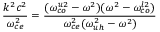
\frac { k ^ { 2 } c ^ { 2 } } { \omega _ { c e } ^ { 2 } } = \frac { ( \omega _ { c o } ^ { u 2 } - \omega ^ { 2 } ) ( \omega ^ { 2 } - \omega _ { c o } ^ { l 2 } ) } { \omega _ { c e } ^ { 2 } ( \omega _ { u h } ^ { 2 } - \omega ^ { 2 } ) }